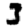
Digit: 3